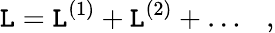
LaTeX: {\cal\mathtt{L}}={\cal\mathtt{L}}^{(1)}+{\cal\mathtt{L}}^{(2)}+\dots\ \ \ ,